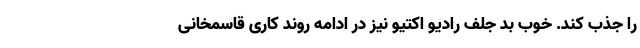
را جذب کند. خوب بد جلف رادیو اکتیو نیز در ادامه روند کاری قاسمخانی